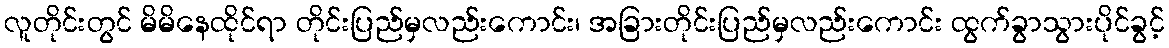
လူတိုင်းတွင် မိမိနေထိုင်ရာ တိုင်းပြည်မှလည်းကောင်း၊ အခြားတိုင်းပြည်မှလည်းကောင်း ထွက်ခွာသွားပိုင်ခွင့်